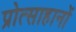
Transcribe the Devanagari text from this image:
प्रोत्साहानों